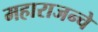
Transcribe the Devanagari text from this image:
महाराजन्चे